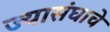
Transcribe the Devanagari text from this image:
ज्यासंघाचे